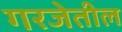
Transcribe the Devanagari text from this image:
गरजेतील